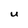
Character: U